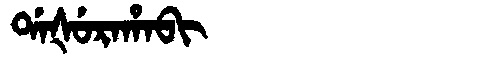
Manchu: ᡩᠠᡧᡠᡵᠠᡥᠠᠪᡳ
Romanization: DAŠURAHABI